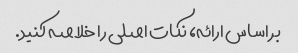
بر اساس ارائه، نکات اصلی را خلاصه کنید.